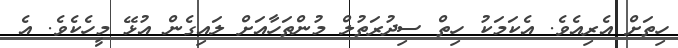
ހިތަށް އެރިއެވެ. އެކަމަކު ހިތް ސިދުރަތުލް މުންތަހާއަށް ލައިގެން އުޅޭ މީހެކެވެ. އެ